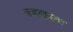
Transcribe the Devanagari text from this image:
बजावायला